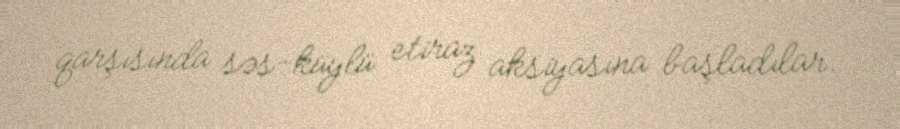
qarşısında səs-küylü etiraz aksiyasına başladılar.